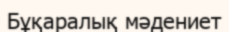
Бұқаралық мәдениет